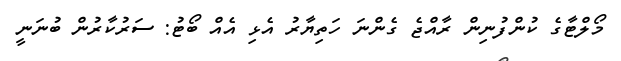
މޯލްޓާގެ ކުންފުނިން ރާއްޖެ ގެންނަ ހަތިޔާރު އެޅި އެއް ބޯޓު: ސަރުކާރުން ބުނަނީ